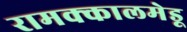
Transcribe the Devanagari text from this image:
रामक्कालमेडू